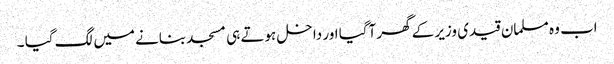
اب وہ مسلمان قیدی وزیر کے گھر آگیا اور داخل ہوتے ہی مسجد بنانے میں لگ گیا ۔